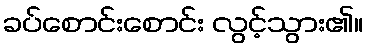
ခပ်စောင်းစောင်း လွင့်သွား၏။